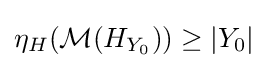
\eta _{H}({\mathcal {M}}(H_{Y_{0}}))\geq |Y_{0}|